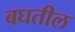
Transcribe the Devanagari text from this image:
बघतील